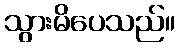
သွားမိပေသည်။